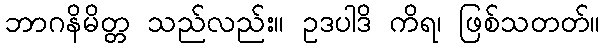
ဘာဂနိမိတ္တ သည်လည်း။ ဥဒပါဒိ ကိရ၊ ဖြစ်သတတ်။